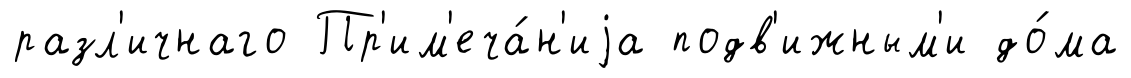
разл'ичнаго Пр'им'еча́н'иjа подв'ижным'и до́ма